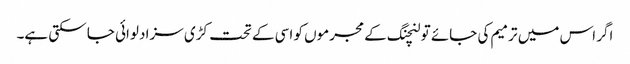
اگر اس میں ترمیم کی جائے تو لنچنگ کے مجرموں کو اسی کے تحت کڑی سزا دلوائی جا سکتی ہے۔